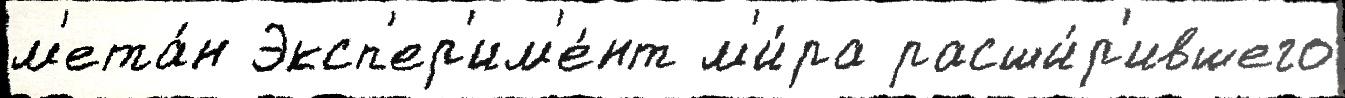
м'ета́н Эксп'ер'им'е́нт м'и́ра расши́р'ившего